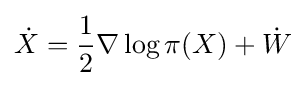
{\dot {X}}={\frac {1}{2}}\nabla \log \pi (X)+{\dot {W}}